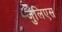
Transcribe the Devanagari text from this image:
जुलिएस